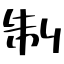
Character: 制